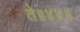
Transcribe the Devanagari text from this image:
ते॥४४॥